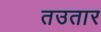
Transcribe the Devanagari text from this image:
तउतार